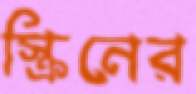
স্ক্রিনের